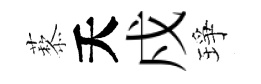
藜夭戍琤